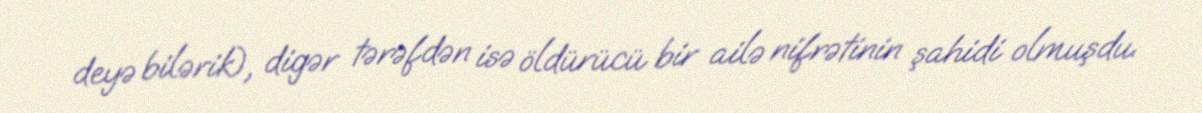
deyə bilərik), digər tərəfdən isə öldürücü bir ailə nifrətinin şahidi olmuşdu.